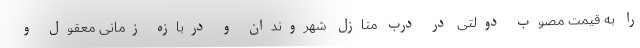
را به قیمت مصوب دولتی در درب منازل شهروندان و دربازه زمانی معقول و